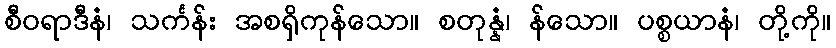
စီဝရာဒီနံ၊ သင်္ကန်း အစရှိကုန်သော။ စတုန္နံ၊ န်သော။ ပစ္စယာနံ၊ တို့ကို။